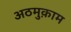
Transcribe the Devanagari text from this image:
अठमुक़ाम